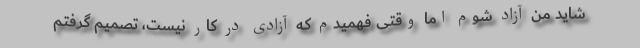
شاید من آزاد شوم اما وقتی فهمیدم که آزادی در کار نیست، تصمیم گرفتم